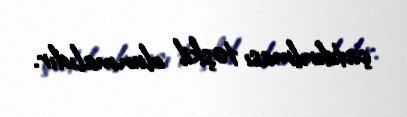
çatdırılması təşkil olunmalıdır.